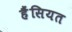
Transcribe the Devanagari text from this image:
हैंसियत